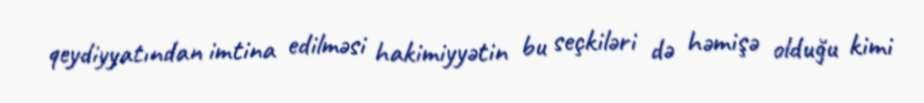
qeydiyyatından imtina edilməsi hakimiyyətin bu seçkiləri də həmişə olduğu kimi